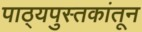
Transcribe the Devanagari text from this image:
पाठ्यपुस्तकांतून